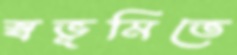
স্বভূমিতে